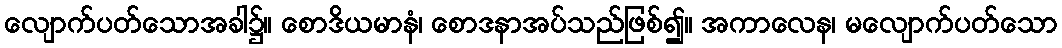
လျောက်ပတ်သောအခါ၌။ စောဒိယမာနံ၊ စောဒနာအပ်သည်ဖြစ်၍။ အကာလေန၊ မလျောက်ပတ်သော